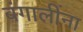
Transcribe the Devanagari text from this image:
बंगालींना